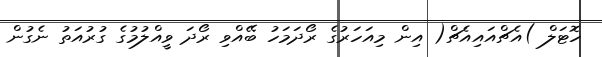
ހޮޓަލް )އެޗްއައިއެޗް( އިން މިއަހަރުގެ ރޯދަމަހު ބޭއްވި ރޯދަ ވީއްލުމުގެ ގުރުއަތު ނެގުން